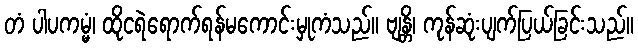
တံ ပါပကမ္မံ၊ ထိုငရဲရောက်ရန်မကောင်းမှုကံသည်။ ဗျန္တိ၊ ကုန်ဆုံးပျက်ပြယ်ခြင်းသည်။